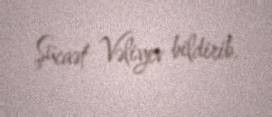
Şücaət Vəliyev bildirib.